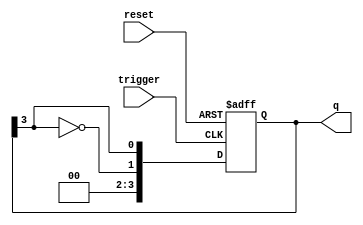
module johnson_counter #(
    parameter N = 4  // Number of flip-flops (stages)
) (
    input wire reset,  // Asynchronous reset
    input wire trigger, // Trigger signal for state transition
    output reg [N-1:0] q // Output state of the counter
);

// Internal signal for the inverted output of the last flip-flop
wire inverted_last_ff;

// Assign inverted output of the last flip-flop
assign inverted_last_ff = ~q[N-1];

// Asynchronous reset and state transition logic
always @(posedge trigger or posedge reset) begin
    if (reset) begin
        // Initialize the counter to all zeros
        q <= 0;
    end else begin
        // Shift the Johnson counter state
        q <= {inverted_last_ff, q[N-1:N-1]};
    end
end

endmodule